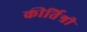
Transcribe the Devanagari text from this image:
कीर्तिश्री